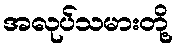
အလုပ်သမားတို့